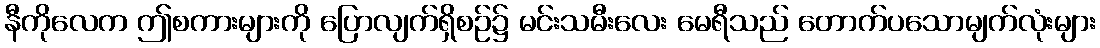
နီကိုလေက ဤစကားများကို ပြောလျက်ရှိစဉ်၌ မင်းသမီးလေး မေရီသည် တောက်ပသောမျက်လုံးများ